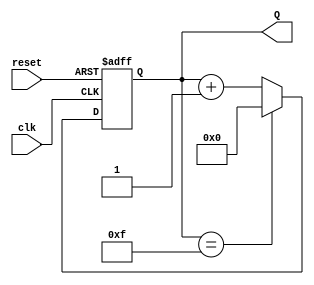
module up_counter #(
    parameter N = 4  // Number of bits for the counter
) (
    input wire clk,     // Clock input
    input wire reset,   // Asynchronous reset input
    output reg [N-1:0] Q  // Counter output (N bits)
);

    // Sequential logic block
    always @(posedge clk or posedge reset) begin
        if (reset) begin
            Q <= 0;  // Reset the counter to 0
        end else begin
            if (Q == (1 << N) - 1) begin
                Q <= 0;  // Wrap around to 0 when maximum value is reached
            end else begin
                Q <= Q + 1;  // Increment counter
            end
        end
    end

endmodule